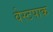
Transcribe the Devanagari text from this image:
वेस्टपाक